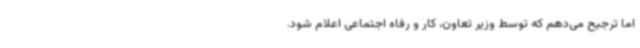
اما ترجیح می‌دهم که توسط وزیر تعاون، کار و رفاه اجتماعی اعلام شود.